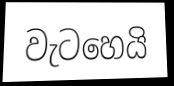
වැටහෙයි